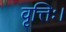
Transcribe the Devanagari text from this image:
वृत्तिः।